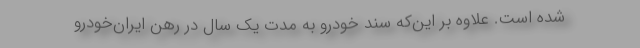
شده است. علاوه بر این‌که سند خودرو به مدت یک سال در رهن ایران‌خودرو